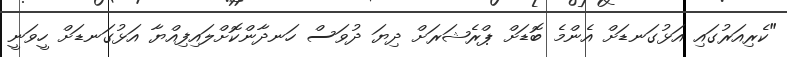
"ކެރިއަރުގައި އަޅުގަނޑަށް އެންމެ ބޮޑަށް ޕްރެޝަރަށް ދިޔަ ދުވަސް ހަނދާންކޮށްލައިފިއްޔާ އަޅުގަނޑަށް ހީވަނީ